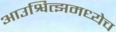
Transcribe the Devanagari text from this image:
आउश्वित्झमध्येच